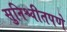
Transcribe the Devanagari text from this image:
सुनिश्चीतपणे